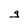
Character: g